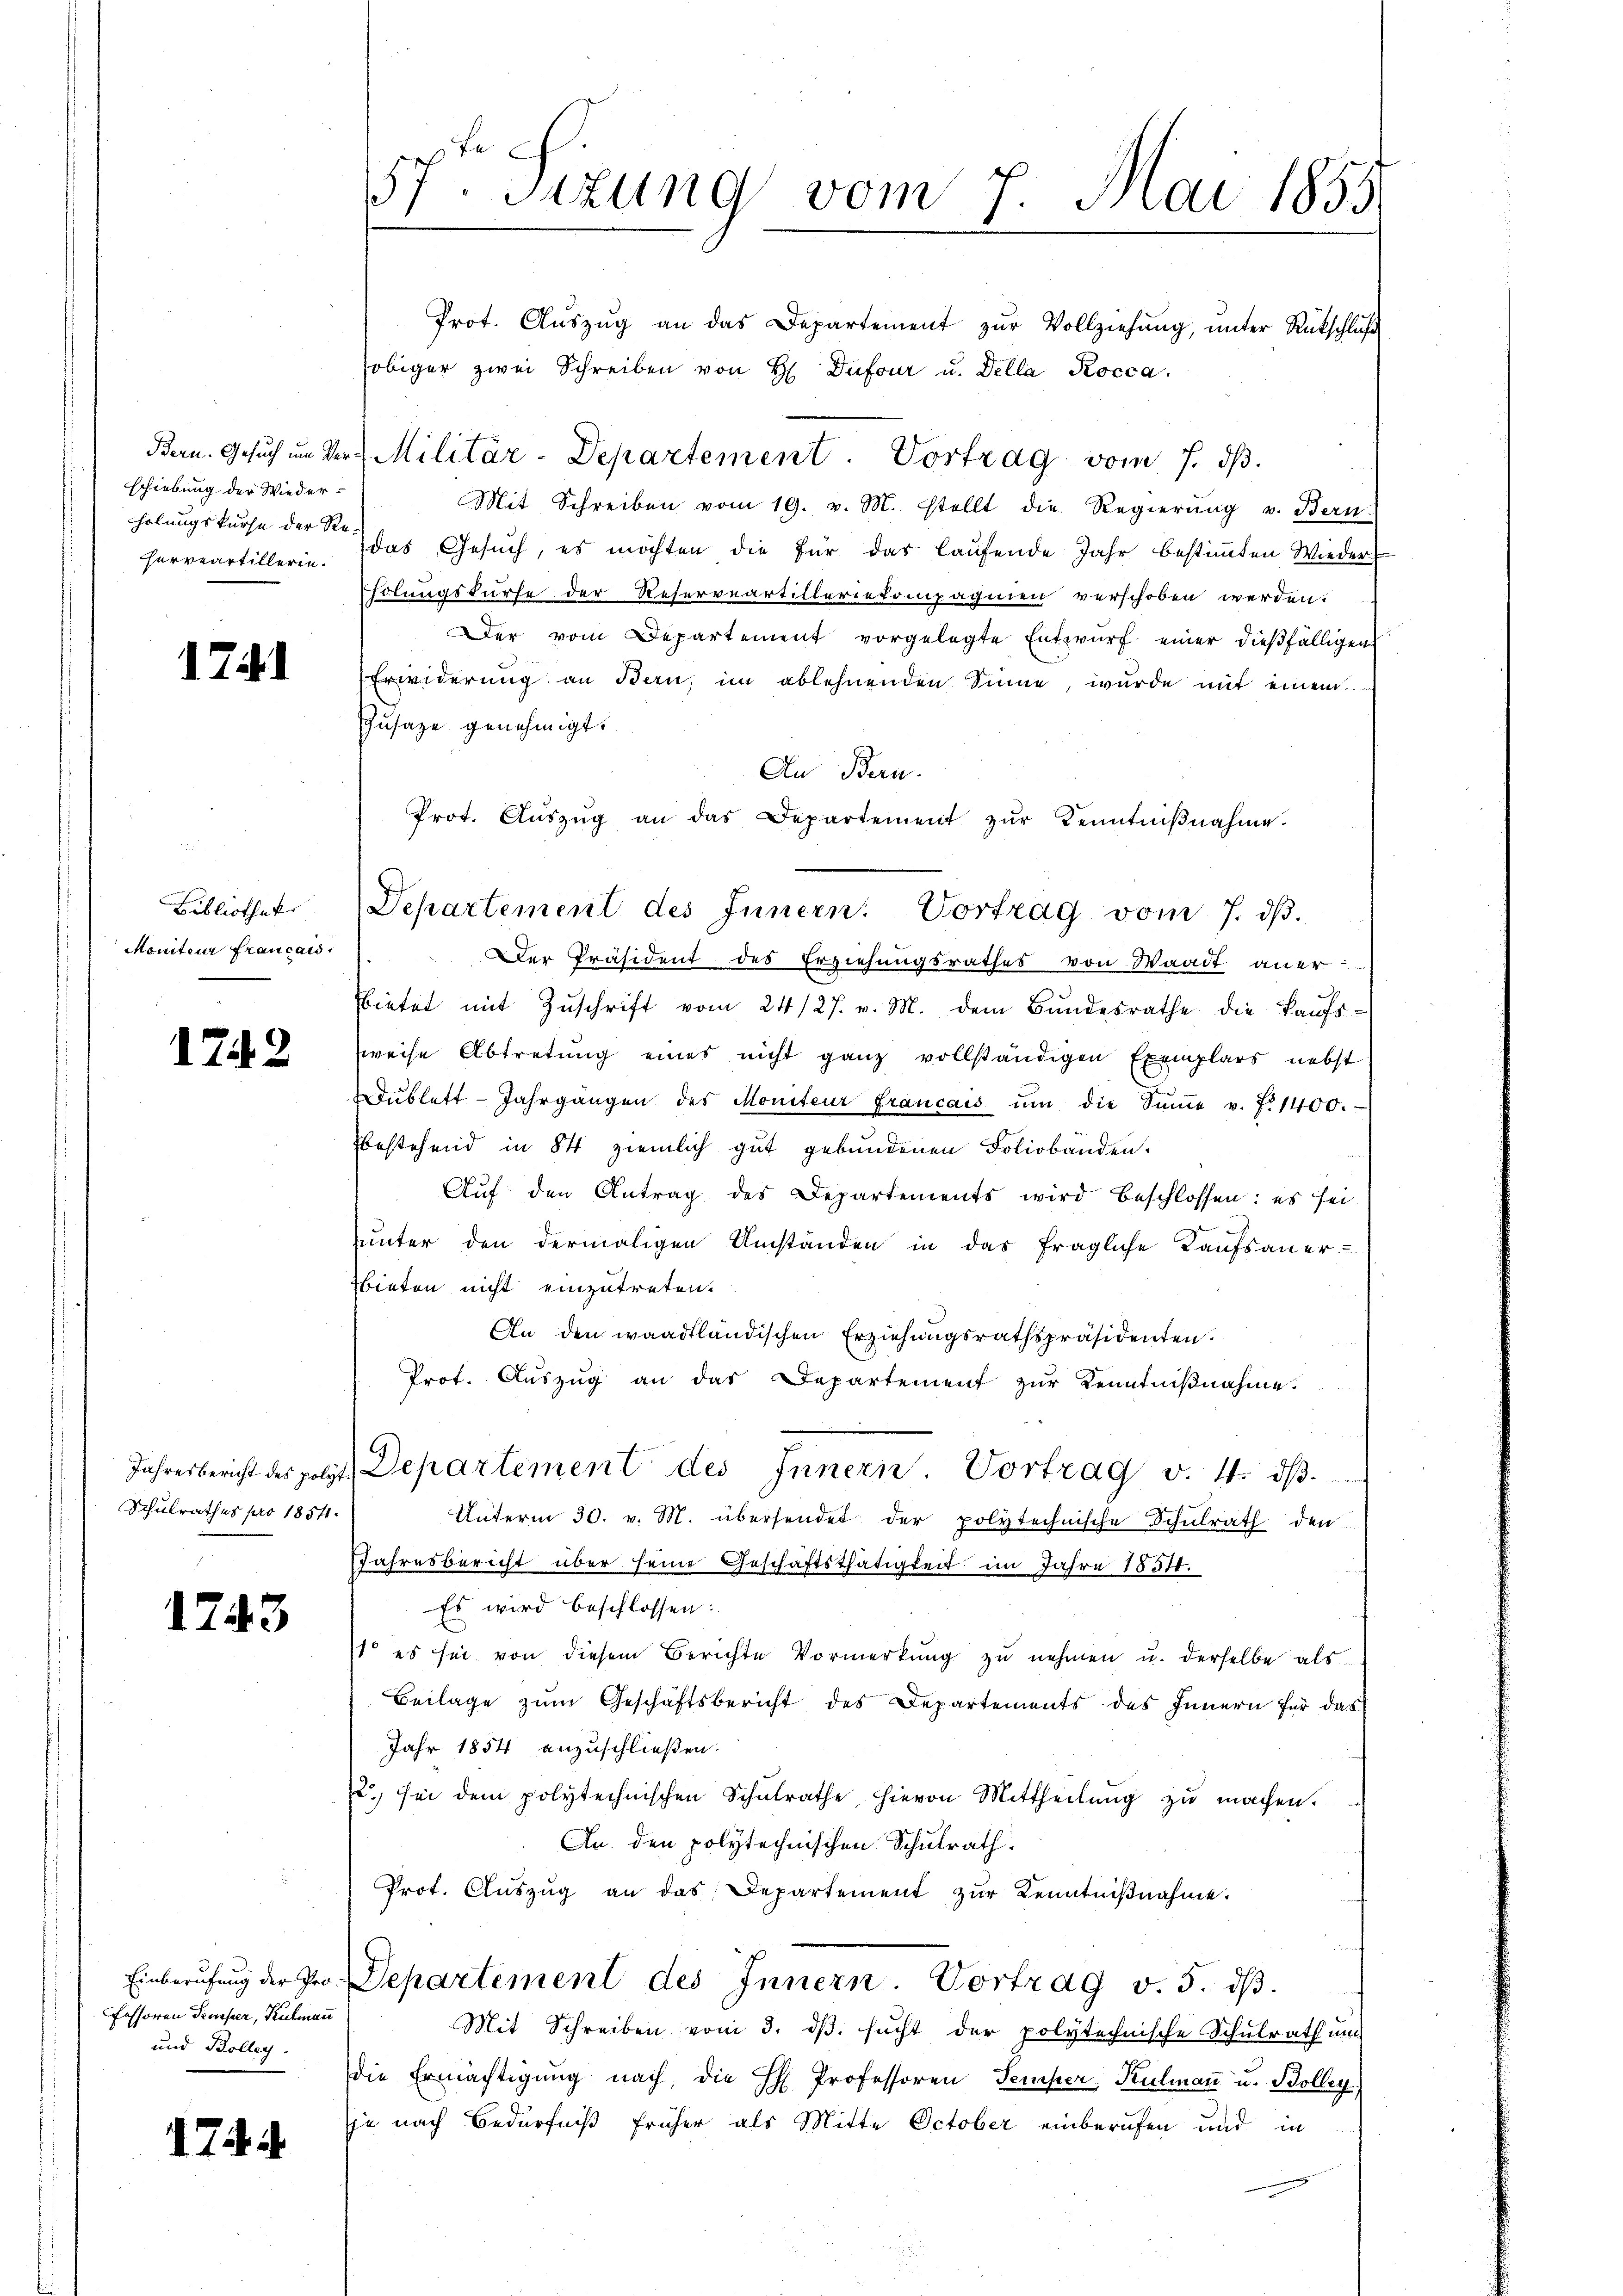
schiebung der Wieder-
holungskurse der Re¬
Herveartillerin.

17.1

Bibliothek
Moniteur Francais

1742

Schulrathes pro 1854.

1743

fessoren Temper, Kulmann
und Bolleg.

174. d.

57ten Sizung vom 7. Mai 1855.

Prot. Aŭszŭg an das Departement zŭr Vollziehŭng ŭnter Rückschlŭβ
obiger zwei Schreiben von H Dufour u. Della Kocca.
Bern. Gesŭch im Ver-Militär-Departement. Vortrag vom 7. dβ.
Mit Schreiben vom 19. v. M. stellt die Regierŭng v. Bern
das Gesuch, es möchten die für das laufende Jahr bestimmten Wieder-
ilungskurse der Reserveartilleriekompagnien verschoben werden.
Der vom Departement vorgelegte Entwurf einer dießfälligen
Erwiderung an Bern, im ablehnenden Sinne, wurde mit einem
Zusage genehmigt.
An Bern.
Prot. Aŭszŭg an das Departement zŭr Kenntniβnahme.
Der Präsident des Erziehungsrathes von Waadt aner
bietet mit Zŭschrift vom 24/27. v. M. dem Bŭndesrathe die Kaŭfs-
weise Abtretung eines nicht ganz vollständigen Exemplars nebst
dŭblett Jahrgangen des Moniteur francais ŭm die Sŭṁe v. J. 1400.
bestehend in 84 ziemlich gut gebundenen Foliobanden.
Auf den Antrag des Departements wird beschlossen: es sei.
unter den dermaligen Umständen in das fragliche Kaufsaner-
bieten nicht einzutreten.
An den waadtländischen Erziehungsrathspräsidenten.
Prot. Aŭszŭg an das Departement zŭr Kenntniβnahme.
Jahresbericht des polit. Departement des Innern. Vortrag v. 4. dβ.
Unterm 30. v. M. übersendet der polytechnische Schulrath den
Jahresbericht über seine Geschäftsthätigkeit im Jahre 1834.
Es wird beschlossen:
 es sei von diesem Berichte Vormerkŭng zŭ nehmen u. derselbe als
Beilage zum Geschäftsbericht des Departements des Innern für das
Jahr 1854 anzuschließen.
u. sei dem polytechnischen Schŭlrathe hievon Mittheilŭng zŭ machen.
An. den polytechnischen Schulrath.
Prot. Aŭszŭg an das Departement zŭr Kenntniβnahme.
.
Einberufung der Pro. Separtement des Innern. Vortrag v. 5. dβ.
Mit Schreiben vom 3. dβ. sucht der polytechnische Schulrath un
die Ermächtigung nach, die H. Professoren Temper, Kulmaṅ u. Bolleg
sje nach Bedürfniß früher als Mitte October einberufen und in

Departement des Innern: Vortrag vom 7. dβ.